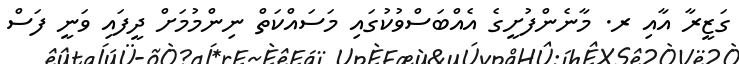
ގަޒީރާ އާއި ރ. މާނެންފުށީގެ އެއްބަސްވުކުގައި މަސައްކަތް ނިންމުމަށް ދީފައި ވަނީ ފަސް